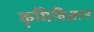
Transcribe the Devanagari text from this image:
कृमिविज्ञान